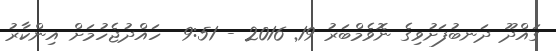
ގައްދޫ ދަނބުފަށުވިގެ ނޮވެމްބަރު 19